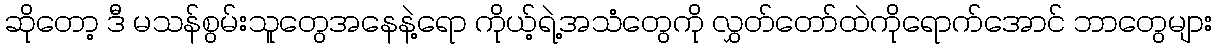
ဆိုတော့ ဒီ မသန်စွမ်းသူတွေအနေနဲ့ရော ကိုယ့်ရဲ့အသံတွေကို လွှတ်တော်ထဲကိုရောက်အောင် ဘာတွေများ